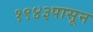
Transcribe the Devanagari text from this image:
१९४३पासून